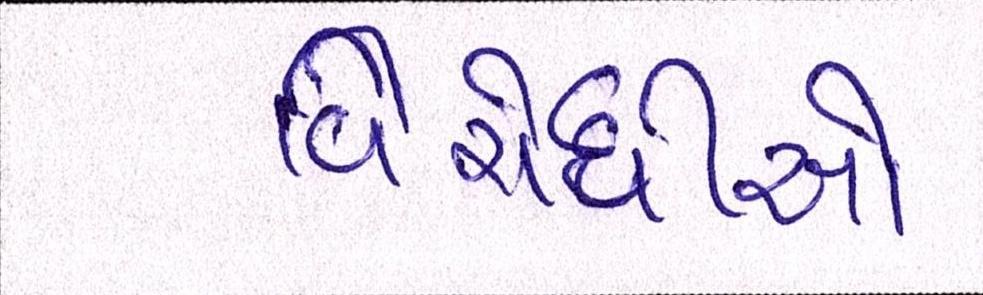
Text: વિરોધીઓ